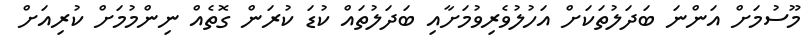
މޫސުމަށް އަންނަ ބަދަލުތަކަށް އަހުލުވެރިވުމަށާއި ބަދަލުތައް ކުޑަ ކުރަން ގޮތެއް ނިންމުމަށް ކުރިއަށް